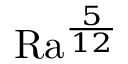
\mathrm { { R a } } ^ { \frac { 5 } { 1 2 } }